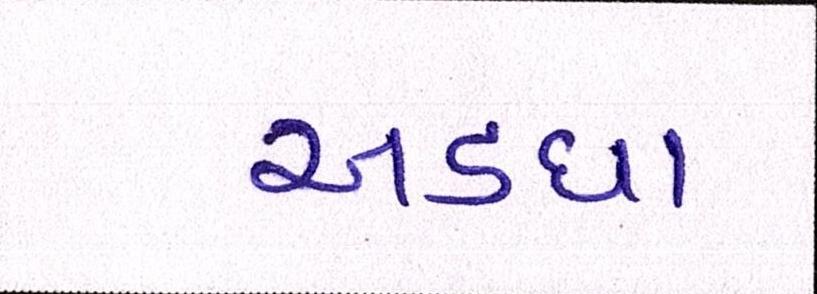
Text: અડધા